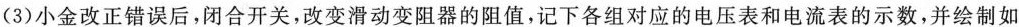
(3)小金改正错误后，闭合开关，改变滑动变阻器的阻值，记下各组对应的电压表和电流表的示数，并绘制如